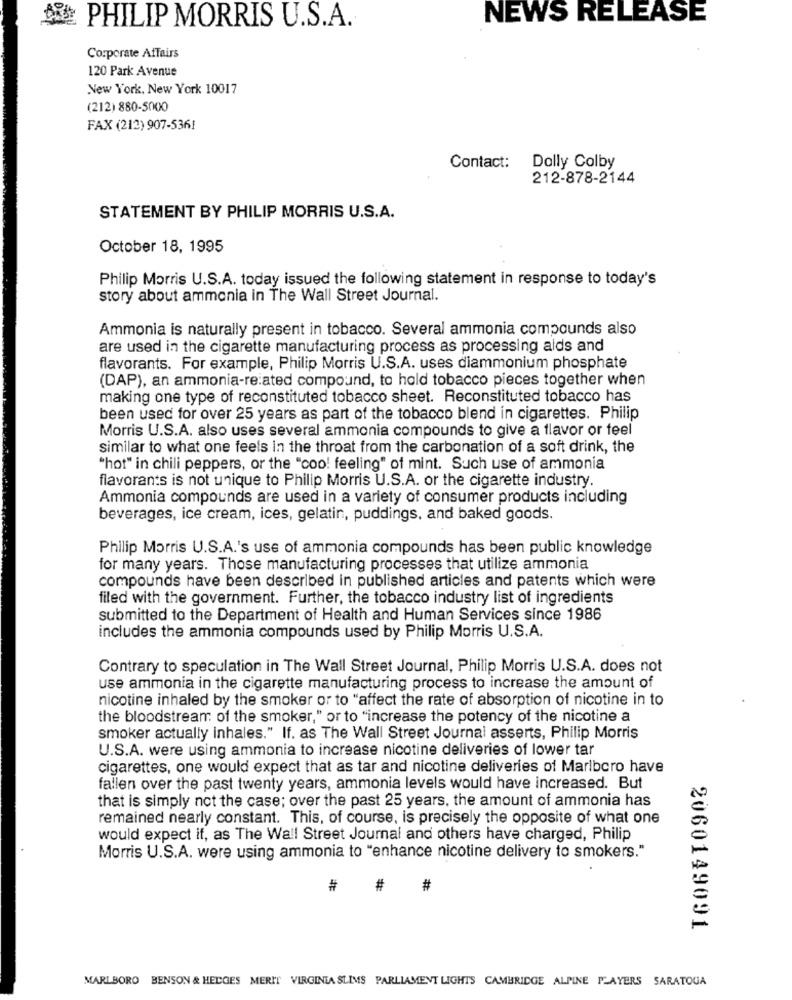
NEWS RELEASE
PHILIP MORRIS U.S.A.
Corporate Affairs
120 Park Avenue
New York, New York 10017
(212) 880-5000
FAX (212) 907-5361
Contact:
Dolly Colby
212-878-2144
STATEMENT BY PHILIP MORRIS U.S.A.
October 18, 1995
Philip Morris U.S.A. today issued the following statement in response to today's
story about ammonia in The Wall Street Journal.
Ammonia is naturally present in tobacco. Several ammonia compounds also
are used in the cigarette manufacturing process as processing aids and
flavorants. For example, Philip Morris U.S.A. uses diammonium phosphate
(DAP), an ammonia-re:ated compound, to hold tobacco pieces together when
making one type of reconstituted tobacco sheet. Reconstituted tobacco has
been used for over 25 years as part of the tobacco blend in cigarettes. Philip
Morris U.S.A. also uses several ammonia compounds to give a flavor or feel
similar to what one feels In the throat from the carbonation of a soft drink, the
"hot" in chili peppers, or the "coo! feeling" of mint. Such use of ammonia
flavorants is not unique to Philip Morris U.S.A. or the cigarette industry.
Ammonia compounds are used in a variety of consumer products including
beverages, ice cream, ices, gelatin, puddings, and baked goods.
Philip Morris U.S.A.'s use of ammonia compounds has been public knowledge
for many years. Those manufacturing processes that utilize ammonia
compounds have been described in published articles and patents which were
filed with the government. Further, the tobacco industry list of ingredients
submitted to the Department of Health and Human Services since 1986
includes the ammonia compounds used by Philip Morris U.S.A.
Contrary to speculation in The Wall Street Journal, Philip Morris U.S.A. does not
use ammonia in the cigarette manufacturing process to increase the amount of
nicotine inhaled by the smoker or to "affect the rate of absorption of nicotine in to
the bloodstream of the smoker," or to "increase the potency of the nicotine a
smoker actually inhales." If. as The Wall Street Journal asserts, Philip Morris
U.S.A. were using ammonia to increase nicotine deliveries of lower tar
cigarettes, one would expect that as tar and nicotine deliveries of Marlboro have
fallen over the past twenty years, ammonia levels would have increased. But
that is simply not the case; over the past 25 years, the amount of ammonia has
remained nearly constant. This, of course, is precisely the opposite of what one
would expect if, as The Wall Street Journal and others have charged, Philip
Morris U.S.A. were using ammonia to "enhance nicotine delivery to smokers."
#
#
#
2060149091
MARLBORO BENSON & HELGES MERIT VIRGINIA SLIMS PARLIAMENT LIGHTS CAMBRIDGE ALPINE PLAYERS SARATOGA